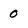
Character: 0